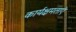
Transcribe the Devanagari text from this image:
कार्यक्षमताएं